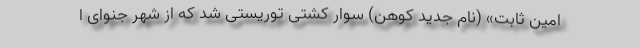
امین ثابت» (نام جدید کوهن) سوار کشتی توریستی شد که از شهر جنوای ا